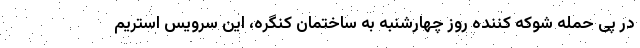
در پی حمله شوکه کننده روز چهارشنبه به ساختمان کنگره، این سرویس استریم